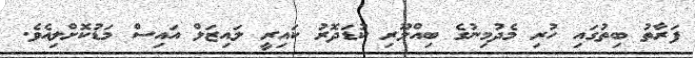
ފަރާތު ބިތުގައި ހުރި މެދުމިނުގެ ބިއްލޫރި ކުޑަދޮރު ކައިރީ ލައިޒަލް އައިސް މަޑުކޮށްލިއެވެ.